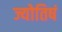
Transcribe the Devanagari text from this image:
ज्योतिषं